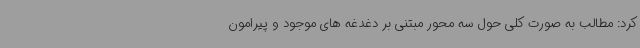
کرد: مطالب به صورت کلی حول سه محور مبتنی بر دغدغه های موجود و پیرامون